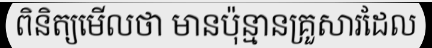
ពិនិត្យមើលថា មានប៉ុន្មានគ្រួសារដែល